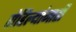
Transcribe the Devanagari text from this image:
रोहिल्यांनाही